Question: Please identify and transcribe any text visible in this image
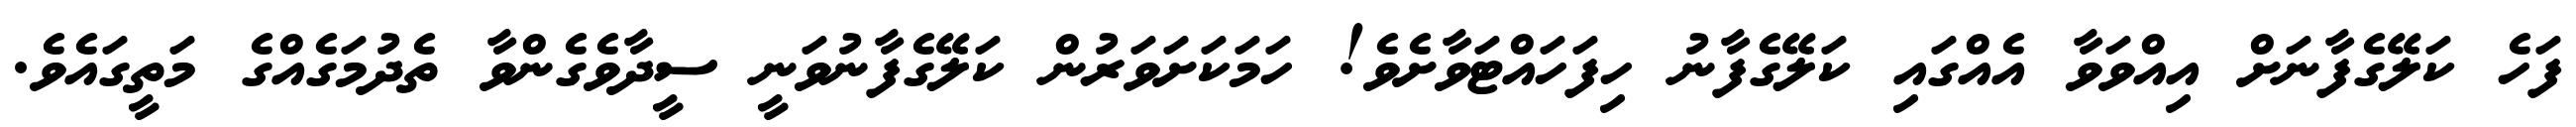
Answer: ފަހެ ކަލޭގެފާނަށް އިއްވަވާ އެއްގައި ކަލޭގެފާނު ހިފަހައްޓަވާށެވެ! ހަމަކަށަވަރުން ކަލޭގެފާނުވަނީ ސީދާވެގެންވާ ތެދުމަގެއްގެ މަތީގައެވެ.